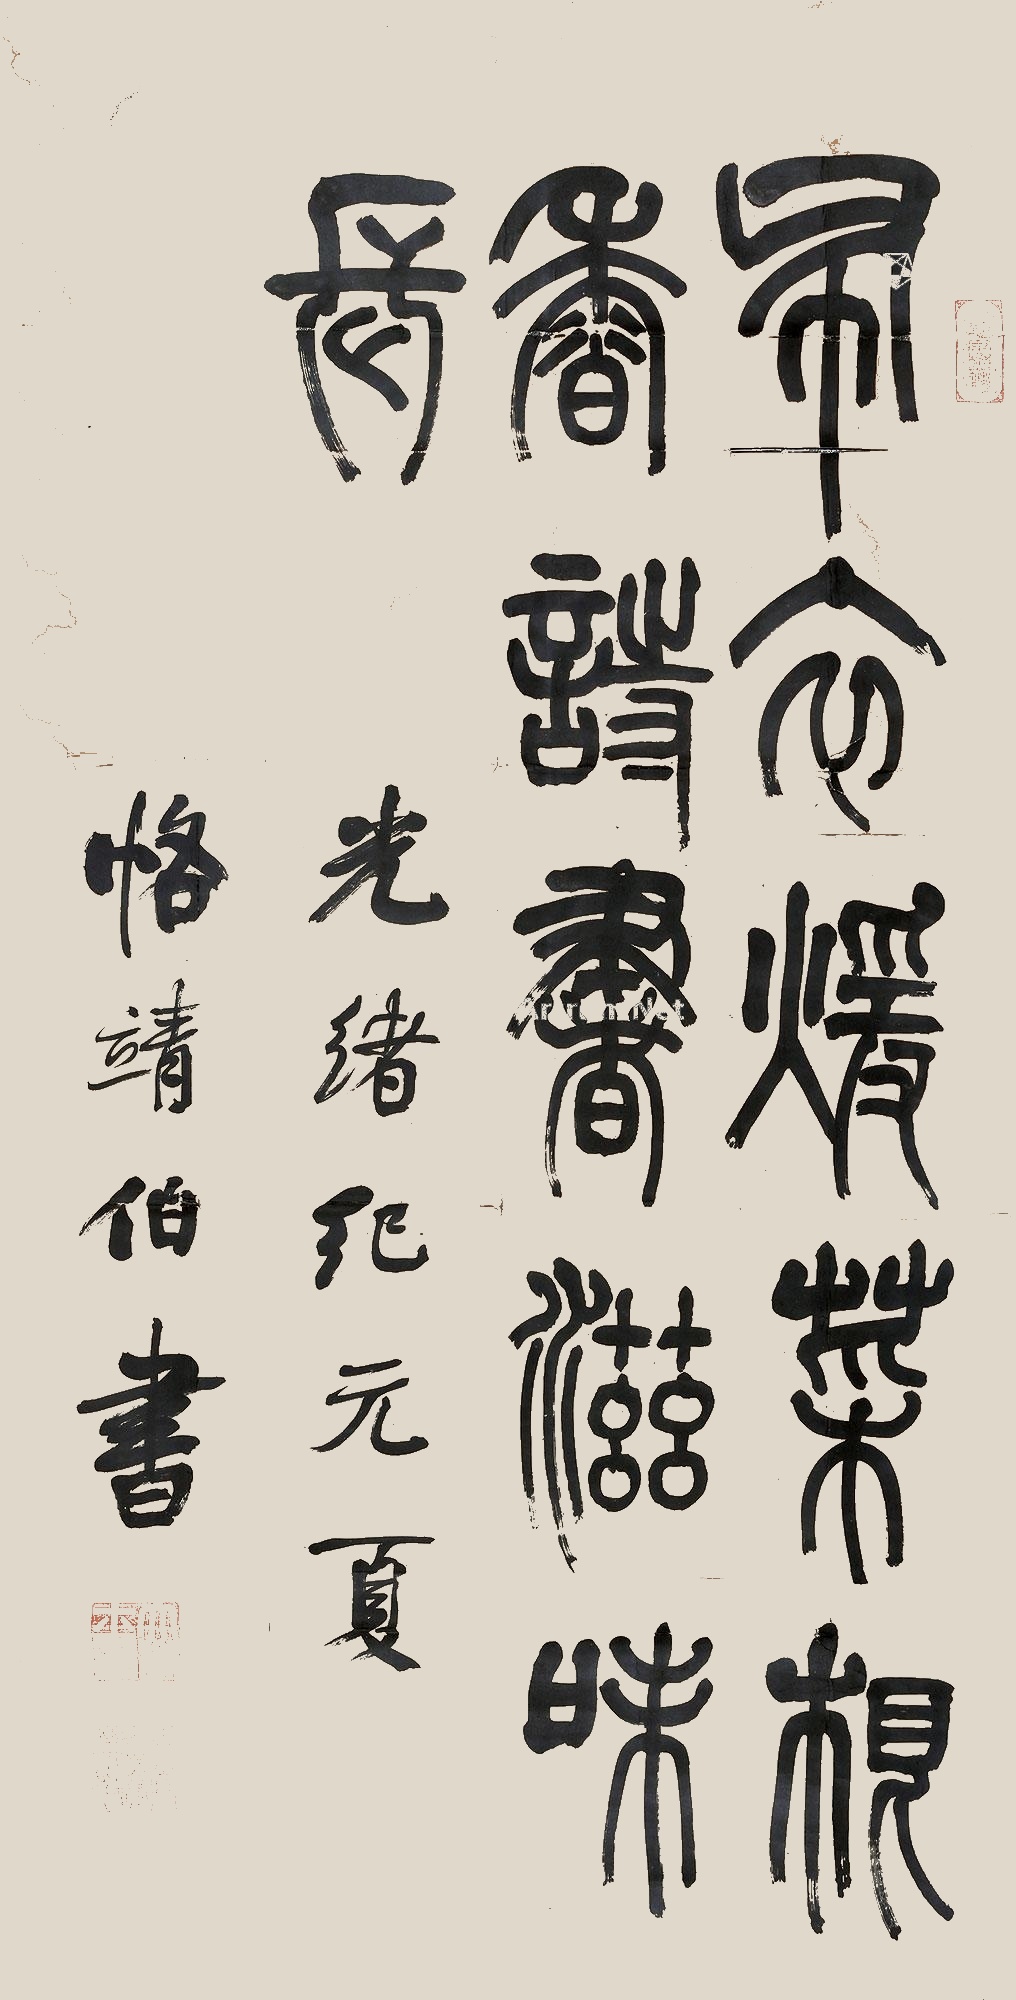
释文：布衣暖，菜根香，诗书滋味长。光绪纪元夏，恪靖伯书。